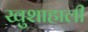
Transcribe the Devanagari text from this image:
खुशाहाली